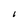
Character: I